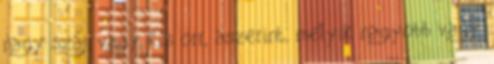
nagy száj, vagy kis orr, aszerint, melyik nagyobb vagy